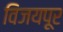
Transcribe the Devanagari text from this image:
विजयपूर